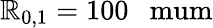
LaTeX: \mathbb{R}_{0,1}=100~\mathrm{{~\ mum}}